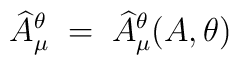
{\widehat A}^\theta_\mu \;=\; {\widehat A}^\theta_\mu(A,\theta)